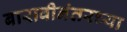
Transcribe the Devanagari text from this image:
बारावीनंतरच्या